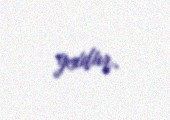
yoxdur.